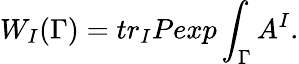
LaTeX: W_{I}(\Gamma)=tr_{I}Pexp\int_{\Gamma}A^{I}.